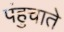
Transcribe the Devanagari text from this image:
पंहुचाते